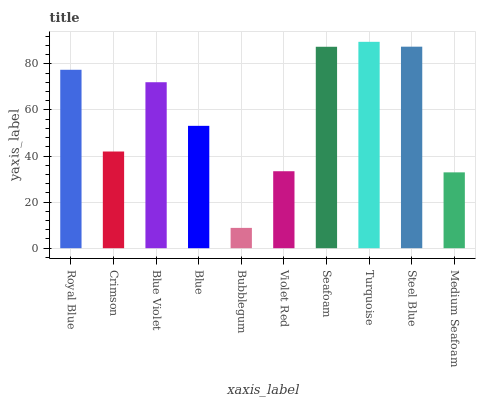
| xaxis_label | bars |
 | --- | --- |
 | Royal Blue | 77.4 |
 | Crimson | 42 |
 | Blue Violet | 72 |
 | Blue | 53.1 |
 | Bubblegum | 8.81 |
 | Violet Red | 33.4 |
 | Seafoam | 87.4 |
 | Turquoise | 89.5 |
 | Steel Blue | 87.4 |
 | Medium Seafoam | 32.9 |